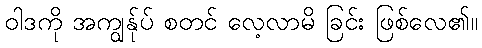
ဝါဒကို အကျွန်ုပ် စတင် လေ့လာမိ ခြင်း ဖြစ်လေ၏။